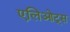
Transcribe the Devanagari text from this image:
एलिओट्स